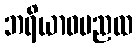
ဘရိယာဝမညထ